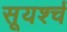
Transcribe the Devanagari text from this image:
सूयर्श्च